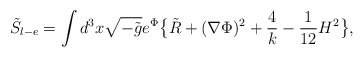
\begin{align*}{\tilde S}_{l-e} = \int d^3 x \sqrt{-{\tilde g}} e^{\Phi}\big \{ {\tilde R} + (\nabla \Phi)^2 + {4 \over k} - {1 \over 12} H^2 \big \},\end{align*}